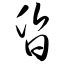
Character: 昏